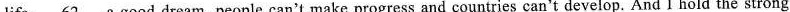
life. \underline{62 } a good dream, people can't make progress and countries can't develop. And I hold the strong